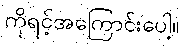
ကိုရင့်အကြောင်းပေါ့။